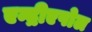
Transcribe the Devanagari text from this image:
एन्द्रीएपोल